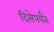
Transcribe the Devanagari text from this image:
दिसेपर्यंत